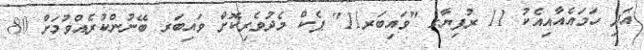
އަދި ހަމައެއާއިއެކު 11 ރުފިޔާގެ "ވައިބަރ11" ޕެކް މެދުވެރިކޮށް ވައިބަރ ބޭނުންކުރެއްވުމަށް 80